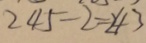
2 4 5 - 2 = 2 4 3